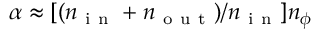
\alpha \approx [ ( n _ { \mathrm { ~ i ~ n ~ } } + n _ { \mathrm { ~ o ~ u ~ t ~ } } ) / n _ { \mathrm { ~ i ~ n ~ } } ] n _ { \phi }